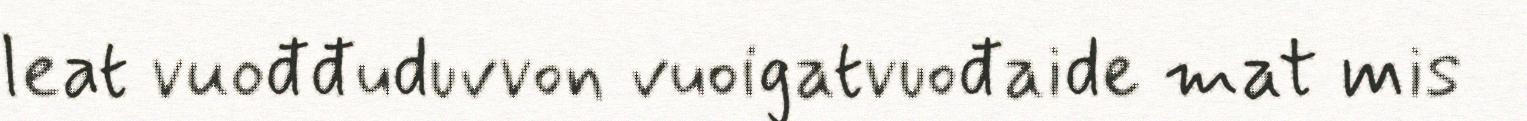
leat vuođđuduvvon vuoigatvuođaide mat mis